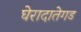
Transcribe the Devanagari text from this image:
घेरादातेगड